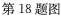
第18题图